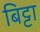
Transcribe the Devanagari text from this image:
बिट्टा